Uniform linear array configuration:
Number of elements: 12
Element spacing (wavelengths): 0.25
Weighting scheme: hann
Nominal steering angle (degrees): -30
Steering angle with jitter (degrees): -30.763
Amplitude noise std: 0.05
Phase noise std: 0.05

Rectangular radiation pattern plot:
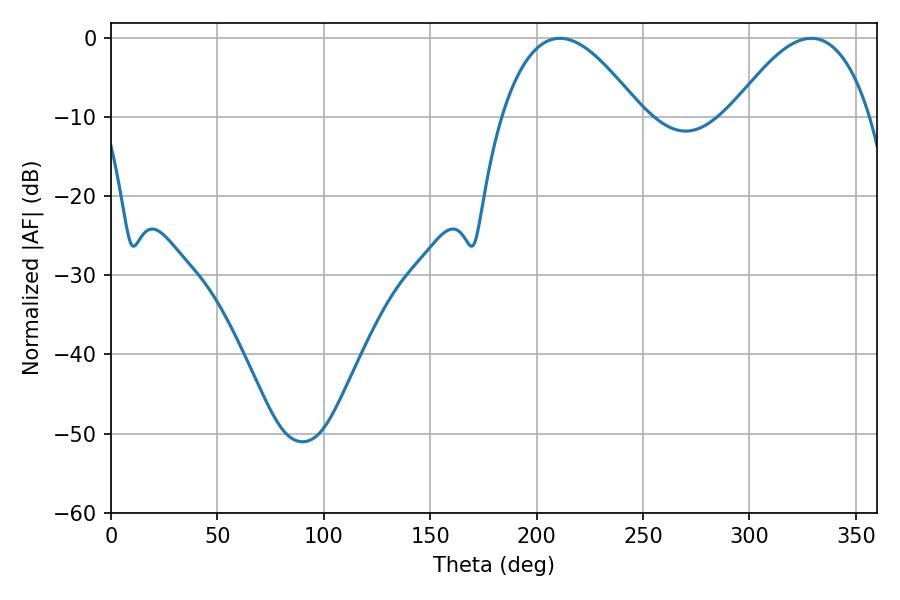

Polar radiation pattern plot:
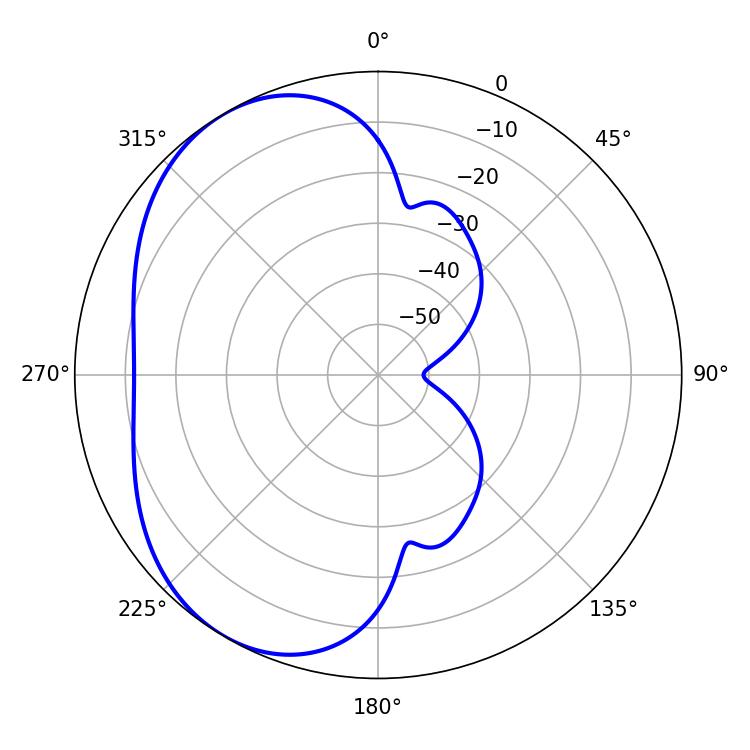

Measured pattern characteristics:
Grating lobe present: FALSE
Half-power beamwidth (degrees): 35.82
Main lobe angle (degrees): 210.96